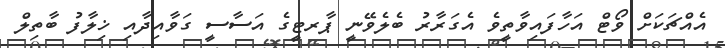
އެއްޗަކަށް ވޯޓް އަހާފައިވާތީވެ އެގަރާރު ބެލެވޭނީ ޕާރޓީގެ އަސާސީ ގަވާއިދާއި ޚިލާފު ބާތިލް